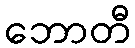
ဘောတီ